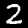
Digit: 2